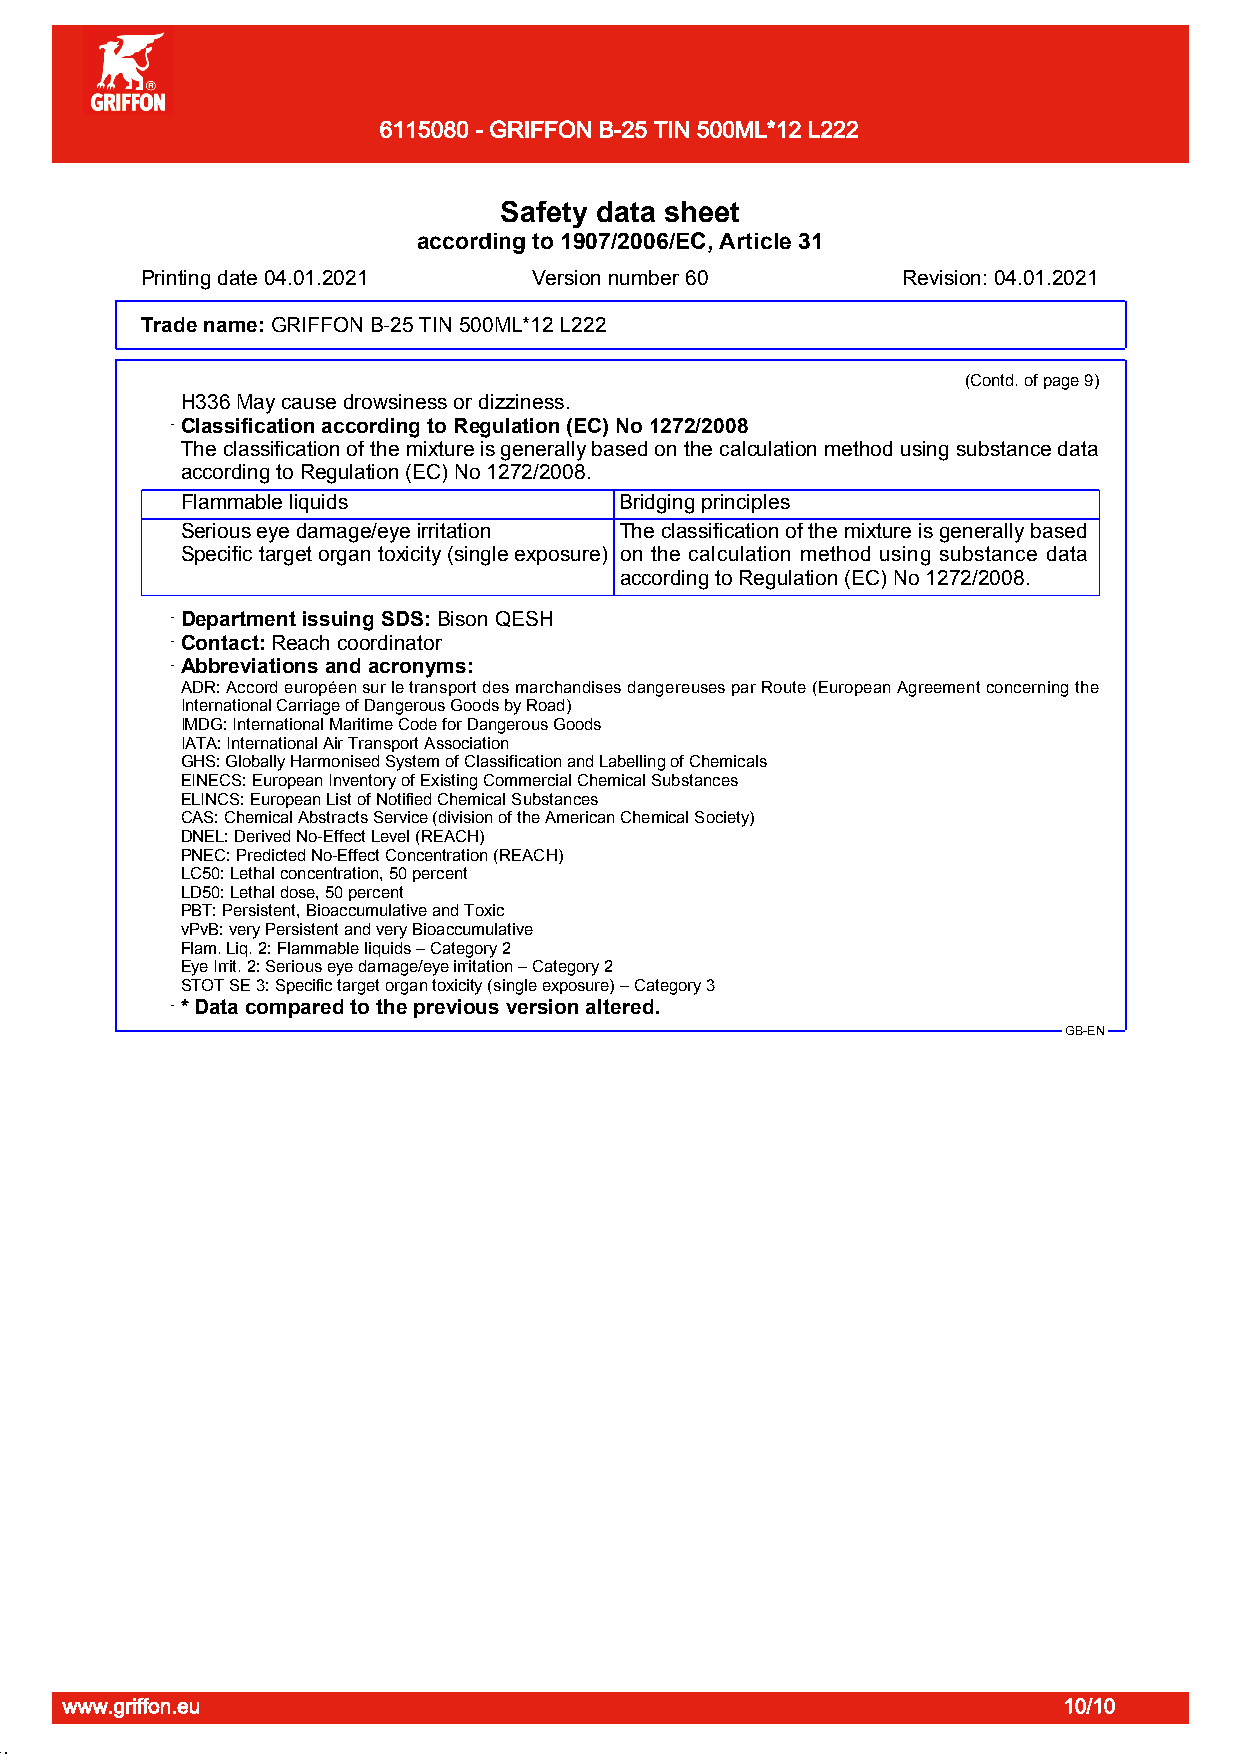
6115080 - GRIFFON B-25 TIN 500ML*12 L222
 Page 10/10
 Safety data sheet
 according to 1907/2006/EC, Article 31
 Printing date 04.01.2021  Version number 60        Revision: 04.01.2021
 Trade name:GDuRrIaFpFiOpNe OBn-2e5 S TtIeNp 5A0B0MS LS*o1l2v eLn2t2 2Cement
 (Contd. of page 9)
 H336May cause drowsiness or dizziness.
 · Classification according to Regulation (EC) No 1272/2008
 The classification of the mixture is generally based on the calculation method using substance data
 according to Regulation (EC) No 1272/2008.
 Flammable liquids            Bridging principles
 Serious eye damage/eye irritation The classification of the mixture is generally based
 Specific target organ toxicity (single exposure) on the calculation method using substance data
 according to Regulation (EC) No 1272/2008.
 · Department issuing SDS:Bison QESH
 · Contact:Reach coordinator
 · Abbreviations and acronyms:
 ADR: Accord européen sur le transport des marchandises dangereuses par Route (European Agreement concerning the
 International Carriage of Dangerous Goods by Road)
 IMDG: International Maritime Code for Dangerous Goods
 IATA: International Air Transport Association
 GHS: Globally Harmonised System of Classification and Labelling of Chemicals
 EINECS: European Inventory of Existing Commercial Chemical Substances
 ELINCS: European List of Notified Chemical Substances
 CAS: Chemical Abstracts Service (division of the American Chemical Society)
 DNEL: Derived No-Effect Level (REACH)
 PNEC: Predicted No-Effect Concentration (REACH)
 LC50: Lethal concentration, 50 percent
 LD50: Lethal dose, 50 percent
 PBT: Persistent, Bioaccumulative and Toxic
 vPvB: very Persistent and very Bioaccumulative
 Flam. Liq. 2: Flammable liquids – Category 2
 Eye Irrit. 2: Serious eye damage/eye irritation – Category 2
 STOT SE 3: Specific target organ toxicity (single exposure) – Category 3
 · * Data compared to the previous version altered.
 GB-EN
 www.griffon.eu                                                    10/10
 51.1.22